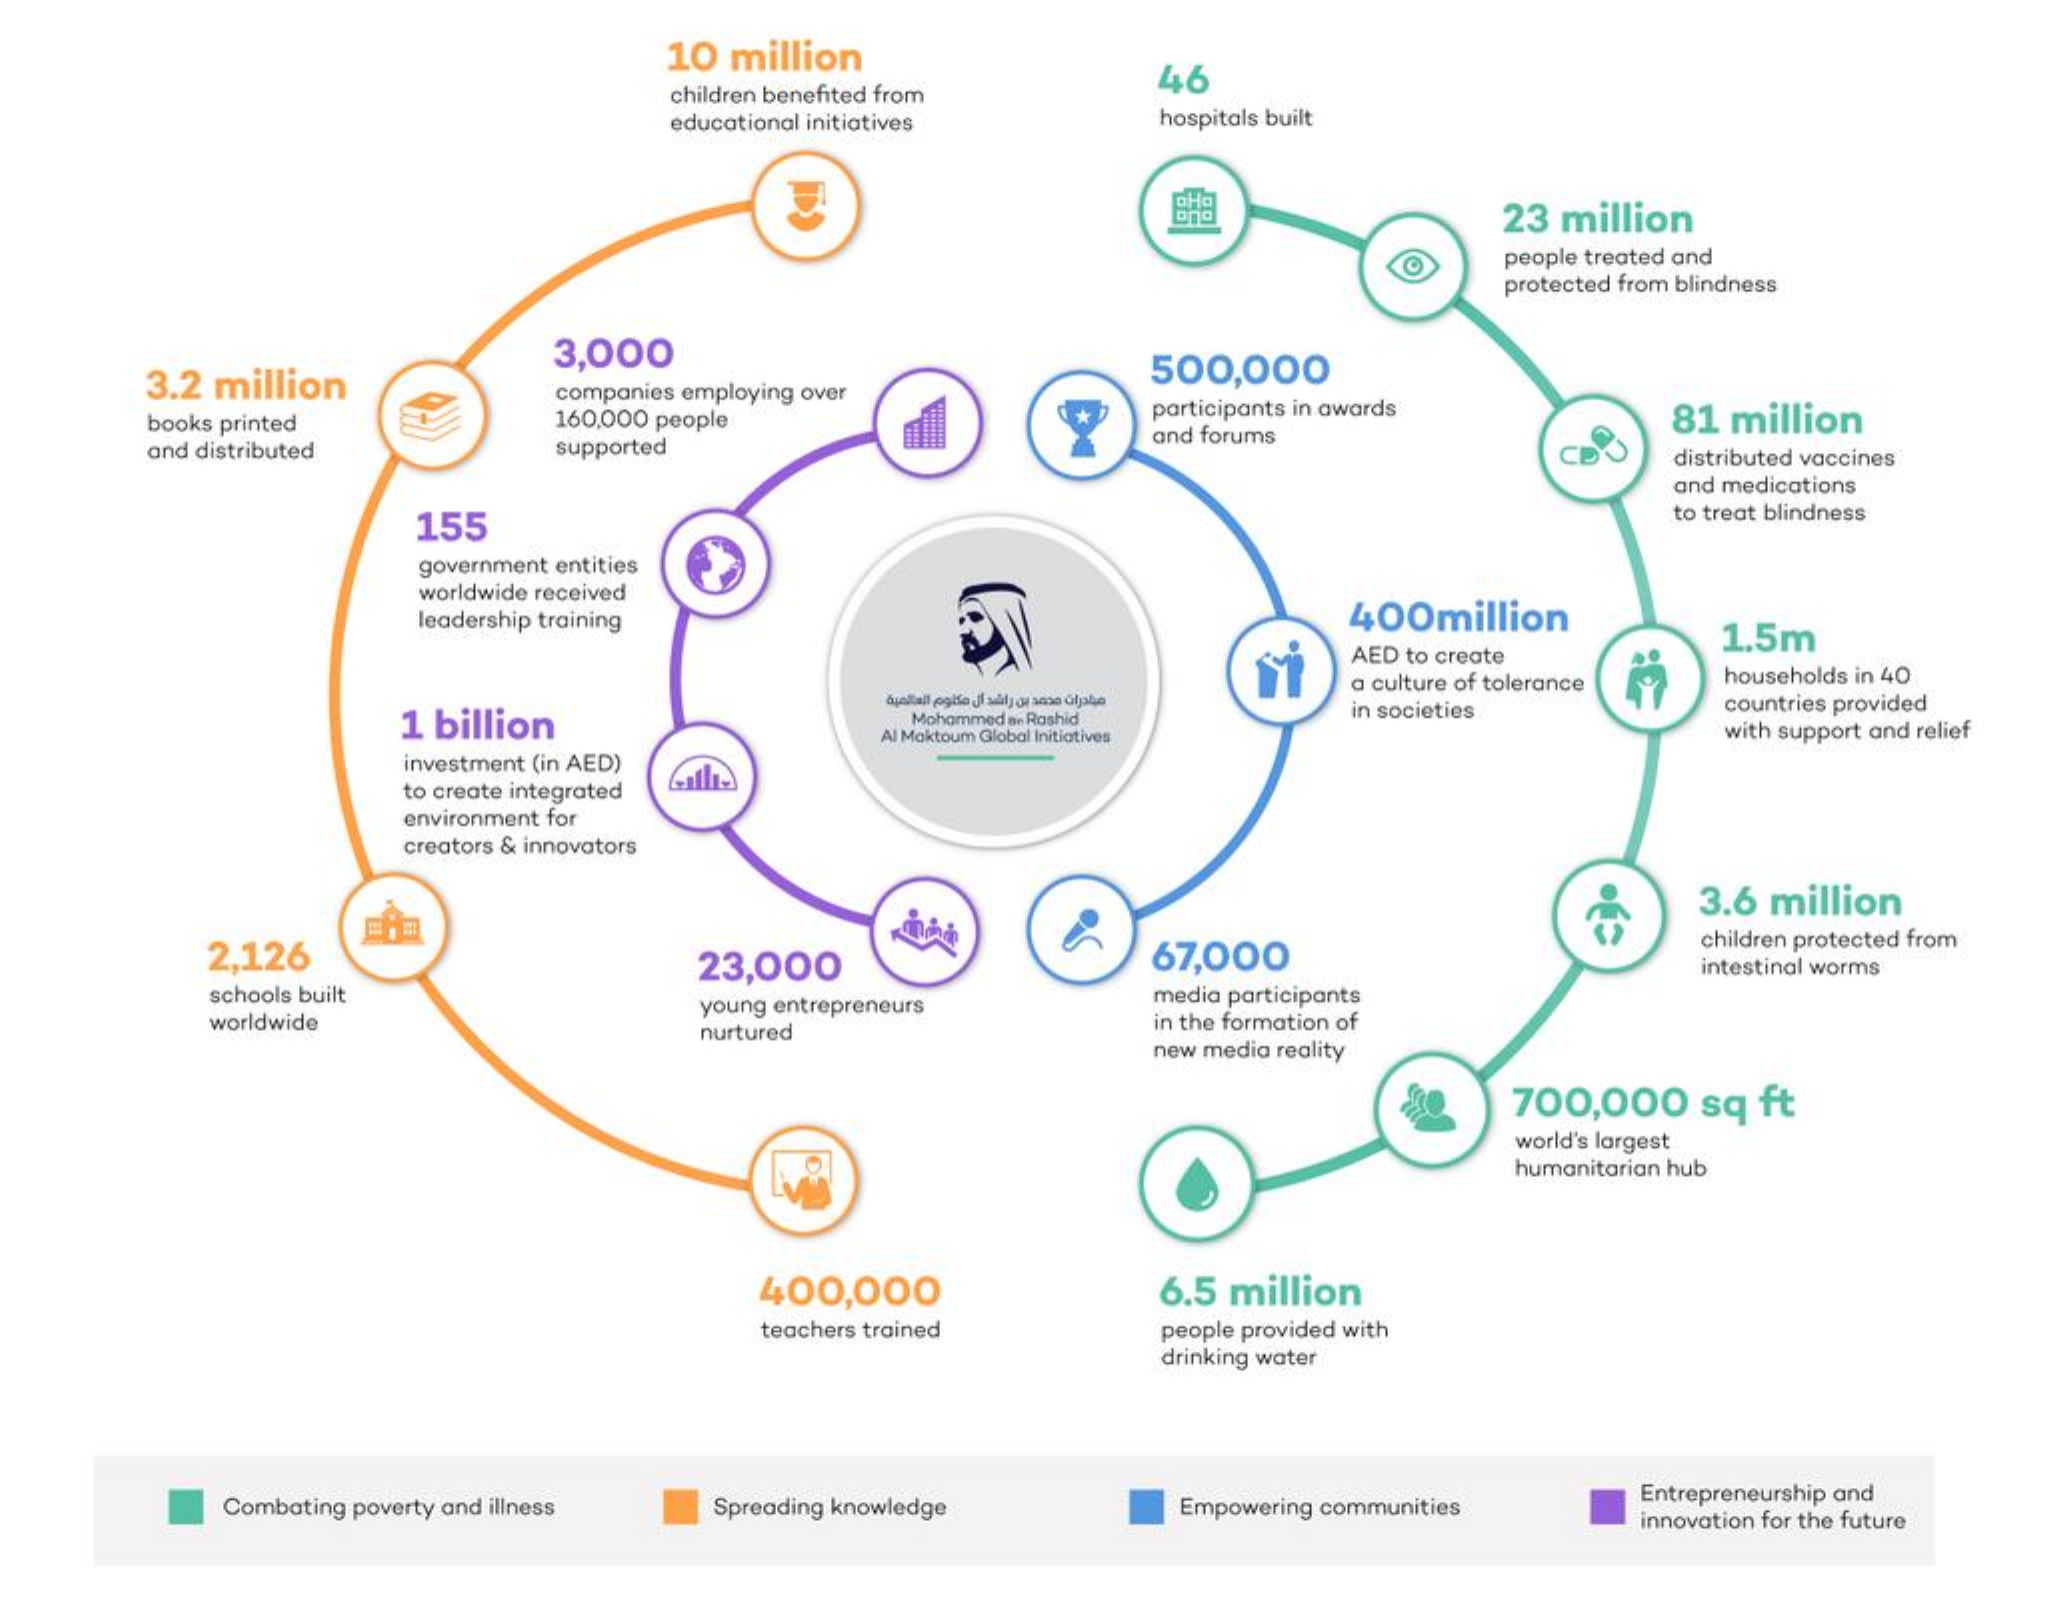
10 million
     children benefited from
     46
     educational initiatives   hospitals built
     23 million
     people treated and
     protected from blindness
     3.2 million
     3,000    500,000
     companies employing over
     books printed    160,000 people    participants in awards    81 million
     and distributed    supported
     and forums
     distributed vaccines
     and medications
     155
     to treat blindness
     government entities
     worldwide received
     leadership training    400million
     AED to create
     1.5m
     a culture of tolerance households in 40
     1 billion    Mohammed av Roshid    in societies    countries provided
     Al Maktoum Global Initiatives    with support and relief
     investment (in AED)
     to create integrated
     environment for
     creators & innovators
     3.6 million
     2,126    23,000    67,000
     children protected from
     schools built
     intestinal worms
     media participants
     worldwide
     young entrepreneurs
     nurtured
     in the formation of
     new media reality
     700,000  sq ft
     world's largest
     humanitarian hub
     400,000    6.5 million
     teachers trained    people provided with
     drinking water
     Combating poverty and illness Spreading knowledge Empowering communities
     Entrepreneurship and
     innovation for the future